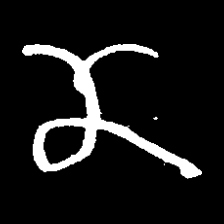
Pyu character \u2014 Myanmar letter: ဏ (romanized: nna)